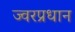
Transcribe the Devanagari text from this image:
ज्वरप्रधान